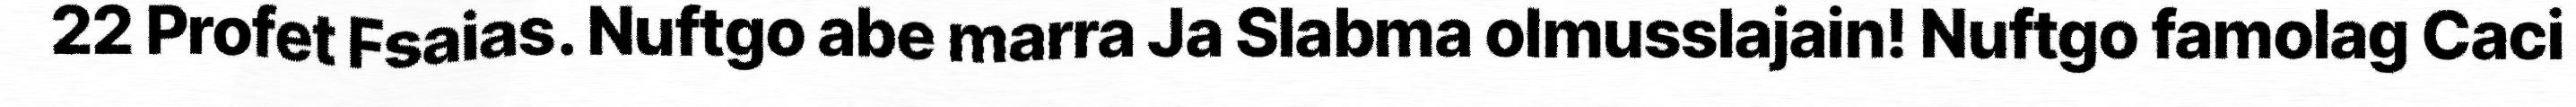
22 Profet Fsaias. Nuftgo abe marra Ja Slabma olmusslajain! Nuftgo famolag Caci